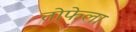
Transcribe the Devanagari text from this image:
तोफेला